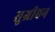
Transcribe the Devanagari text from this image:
सुग्रीवन